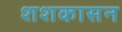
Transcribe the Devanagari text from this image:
शशकासन